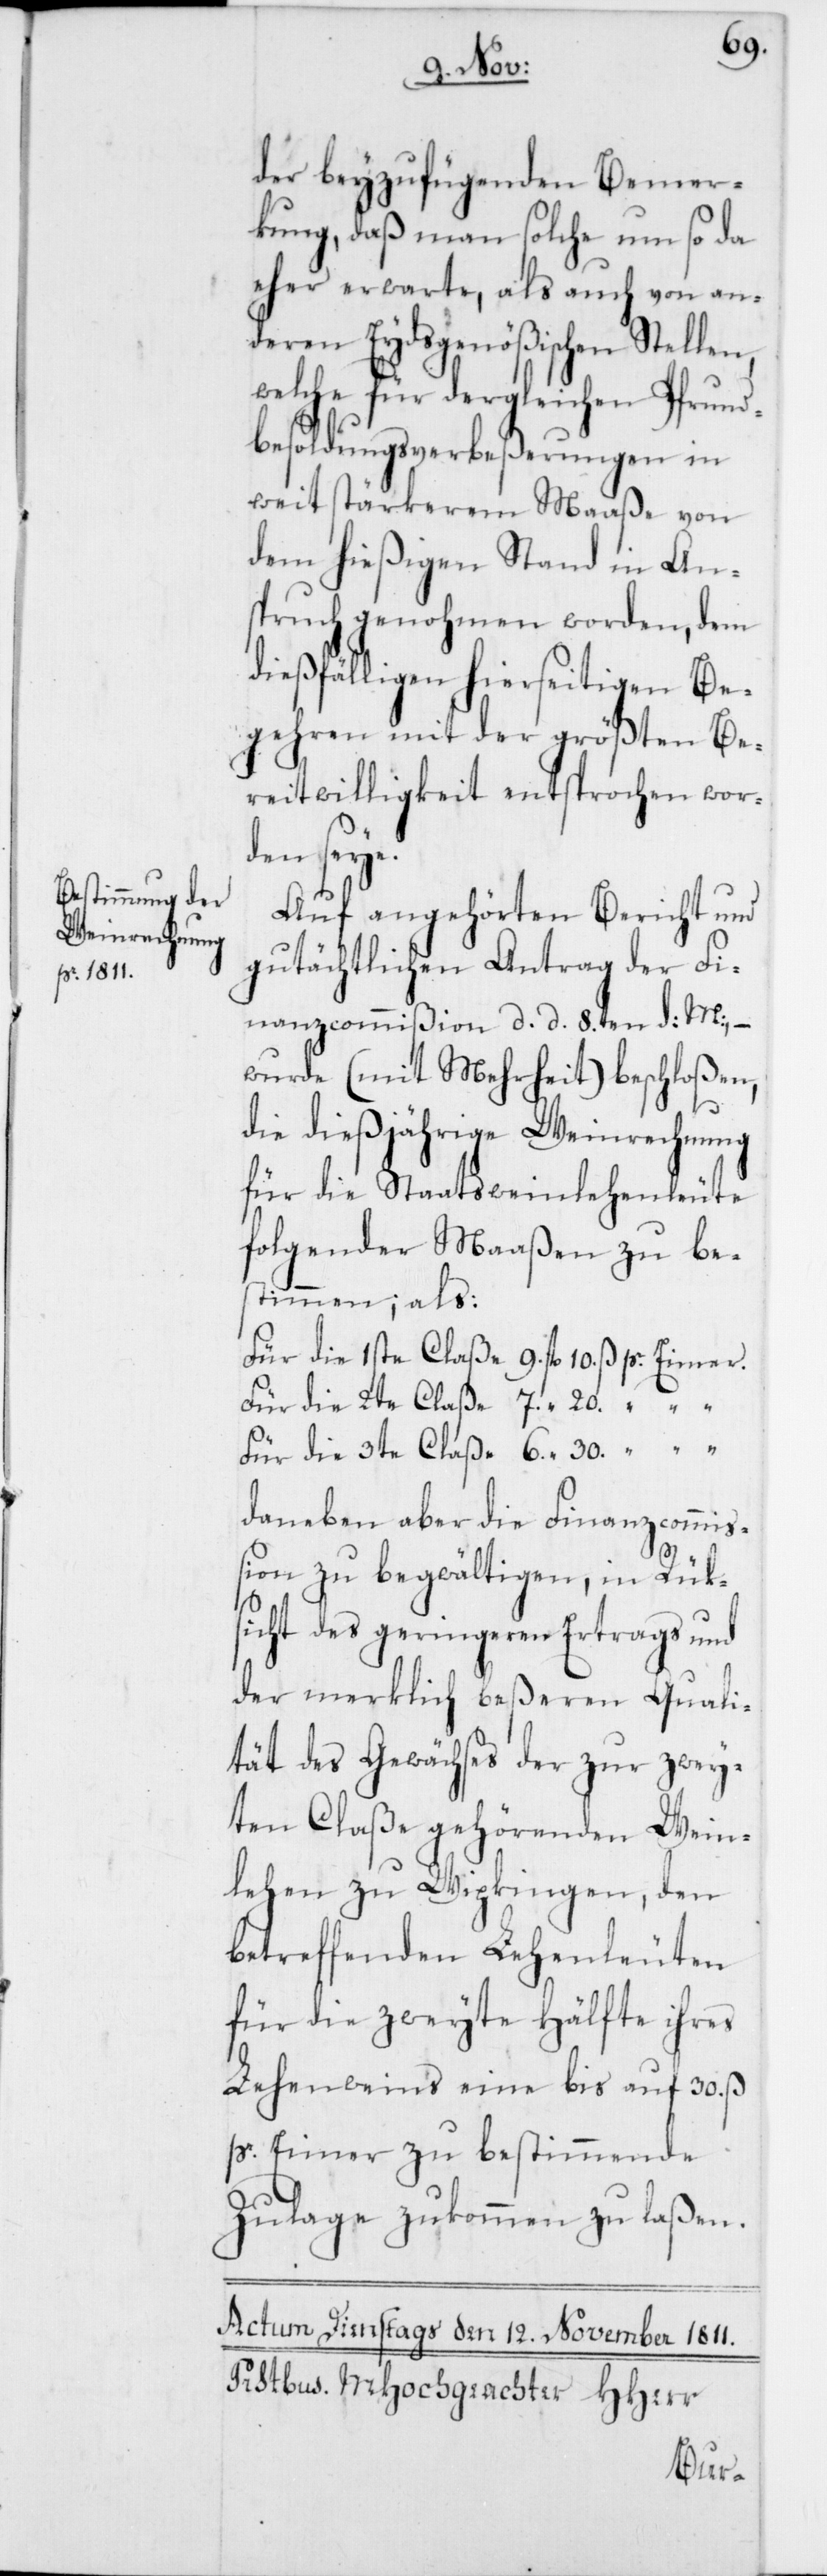
der beyzufügenden Bemer¬
kung, daß man solche um so da
eher erwarte, als auch von an¬
deren Eydsgenößischen Stellen,
welche für dergleichen Pfrund¬
besoldungsverbeßerungen in
weit stärkerem Maaße von
dem hießigen Stand in An¬
spruch genohmen worden, dem
dießfälligen hierseitigen Be¬
gehren mit der größten Be¬
reitwilligkeit entsprochen wor¬
den seye.
Auf angehörten Bericht und
gutächtlichen Antrag der Fi¬
nanzcommißion d. d. 8ten d: M:, –
wurde (mit Mehrheit) beschloßen,
die dießjährige Weinrechnung
für die Staatsweinlehenleute
folgender Maaßen zu be¬
stimmen; als:
Für die 1ste Claße 9. fl. 10. ß p. Eimer.
Für die 2te Claße 7. “ 20 “ “
Für die 3te Claße 6 “ 30 “ “
daneben aber die Finanzcommi¬
ßion zu begwältigen, in Rüks¬
icht des geringeren Ertrags und
der merklich beßeren Quali¬
tät des Gewächses der zur zwey¬
ten Claße gehörenden Wein¬
lehen zu Wipkingen, den
betreffenden Lehenleuten
für die zweyte Hälfte ihres
Lehenweins eine bis auf 30. ß
p. Eimer zu bestimmende
Zulage zukommen zu laßen.